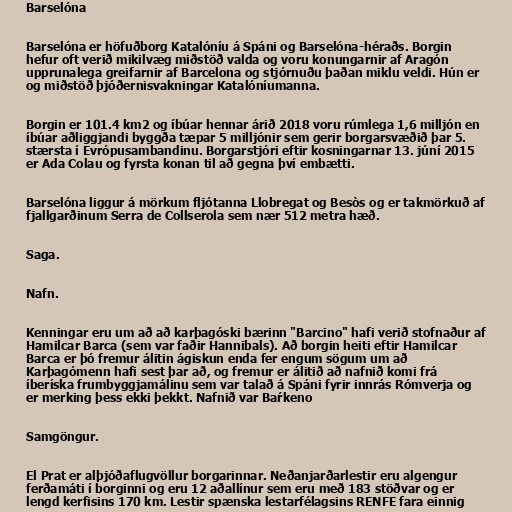
Barselóna

Barselóna er höfuðborg Katalóníu á Spáni og Barselóna-héraðs. Borgin
hefur oft verið mikilvæg miðstöð valda og voru konungarnir af Aragón
upprunalega greifarnir af Barcelona og stjórnuðu þaðan miklu veldi. Hún er
og miðstöð þjóðernisvakningar Katalóníumanna.

Borgin er 101.4 km2 og íbúar hennar árið 2018 voru rúmlega 1,6 milljón en
íbúar aðliggjandi byggða tæpar 5 milljónir sem gerir borgarsvæðið þar 5.
stærsta í Evrópusambandinu. Borgarstjóri eftir kosningarnar 13. júní 2015
er Ada Colau og fyrsta konan til að gegna því embætti.

Barselóna liggur á mörkum fljótanna Llobregat og Besòs og er takmörkuð af
fjallgarðinum Serra de Collserola sem nær 512 metra hæð.

Saga.

Nafn.

Kenningar eru um að að karþagóski bærinn "Barcino" hafi verið stofnaður af
Hamilcar Barca (sem var faðir Hannibals). Að borgin heiti eftir Hamilcar
Barca er þó fremur álitin ágiskun enda fer engum sögum um að
Karþagómenn hafi sest þar að, og fremur er álitið að nafnið komi frá
íberíska frumbyggjamálinu sem var talað á Spáni fyrir innrás Rómverja og
er merking þess ekki þekkt. Nafnið var Baŕkeno

Samgöngur.

El Prat er alþjóðaflugvöllur borgarinnar. Neðanjarðarlestir eru algengur
ferðamáti í borginni og eru 12 aðallínur sem eru með 183 stöðvar og er
lengd kerfisins 170 km. Lestir spænska lestarfélagsins RENFE fara einnig